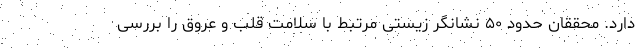
دارد. محققان حدود ۵۰ نشانگر زیستی مرتبط با سلامت قلب و عروق را بررسی